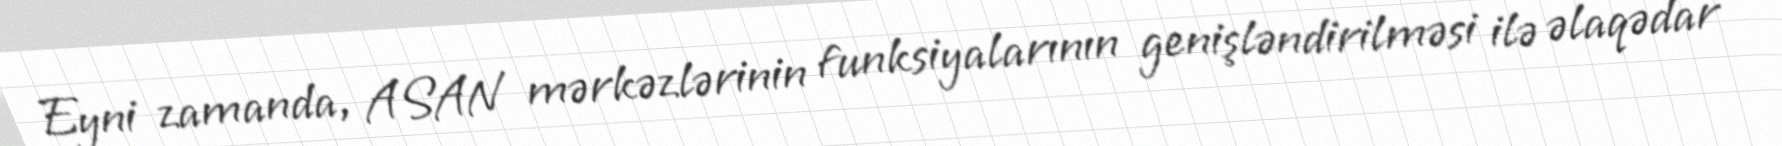
Eyni zamanda, ASAN mərkəzlərinin funksiyalarının genişləndirilməsi ilə əlaqədar